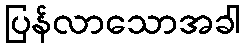
ပြန်လာသောအခါ